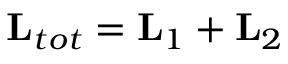
{ \bf L } _ { t o t } = { \bf L } _ { 1 } + { \bf L } _ { 2 }